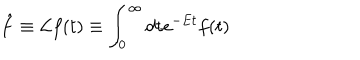
LaTeX: \hat { f } \equiv { \cal L } f ( t ) \equiv \int _ { 0 } ^ { \infty } d t e ^ { - E t } f ( t )